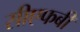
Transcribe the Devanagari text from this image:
सीएफबी